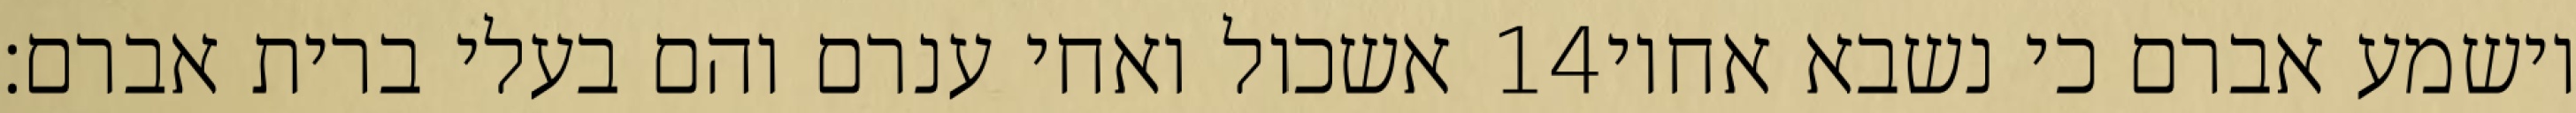
אשכול ואחי ענרם והם בעלי ברית אברם׃ ‎14‏ וישמע אברם כי נשבא אחיו